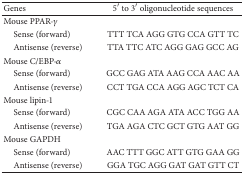
<table><thead><tr><td><b>Genes</b></td><td><b>5′ to 3′ oligonucleotide sequences</b></td></tr></thead><tbody><tr><td>Mouse PPAR-<i>γ</i></td><td> </td></tr><tr><td> Sense (forward) </td><td>TTT TCA AGG GTG CCA GTT TC</td></tr><tr><td> Antisense (reverse)</td><td>TTA TTC ATC AGG GAG GCC AG</td></tr><tr><td>Mouse C/EBP-<i>α</i></td><td> </td></tr><tr><td> Sense (forward) </td><td>GCC GAG ATA AAG CCA AAC AA</td></tr><tr><td> Antisense (reverse)</td><td>CCT TGA CCA AGG AGC TCT CA</td></tr><tr><td>Mouse lipin-1</td><td> </td></tr><tr><td> Sense (forward) </td><td>CGC CAA AGA ATA ACC TGG AA</td></tr><tr><td> Antisense (reverse)</td><td>TGA AGA CTC GCT GTG AAT GG</td></tr><tr><td>Mouse GAPDH</td><td> </td></tr><tr><td> Sense (forward) </td><td>AAC TTT GGC ATT GTG GAA GG</td></tr><tr><td> Antisense (reverse)</td><td>GGA TGC AGG GAT GAT GTT CT</td></tr></tbody></table>